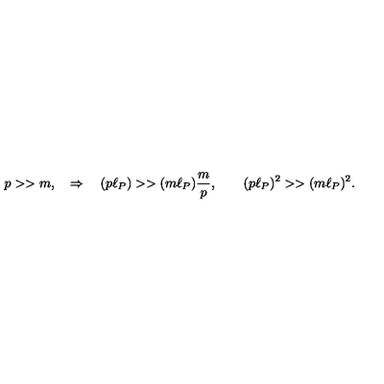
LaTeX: p > > m , \quad \Rightarrow \quad ( p \ell _ { P } ) > > ( m \ell _ { P } ) \frac { m } { p } , \qquad ( p \ell _ { P } ) ^ { 2 } > > ( m \ell _ { P } ) ^ { 2 } .